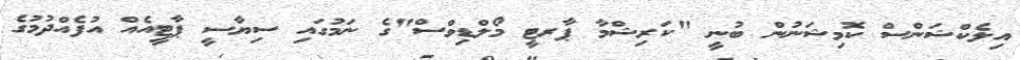
އިލެކްޝަންސް ކޮމިޝަނުން ބުނީ "ކަރިޝްމާ ޕާރޓީ މޯލްޑިވްސް"ގެ ނަމުގައި ސިޔާސީ ޕާޓީއެއް އުފެއްދުމުގެ